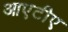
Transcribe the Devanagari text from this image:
आएटीए